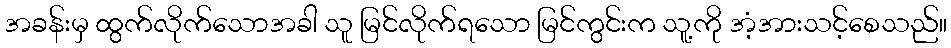
အခန်းမှ ထွက်လိုက်သောအခါ သူ မြင်လိုက်ရသော မြင်ကွင်းက သူ့ကို အံ့အားသင့်စေသည်။